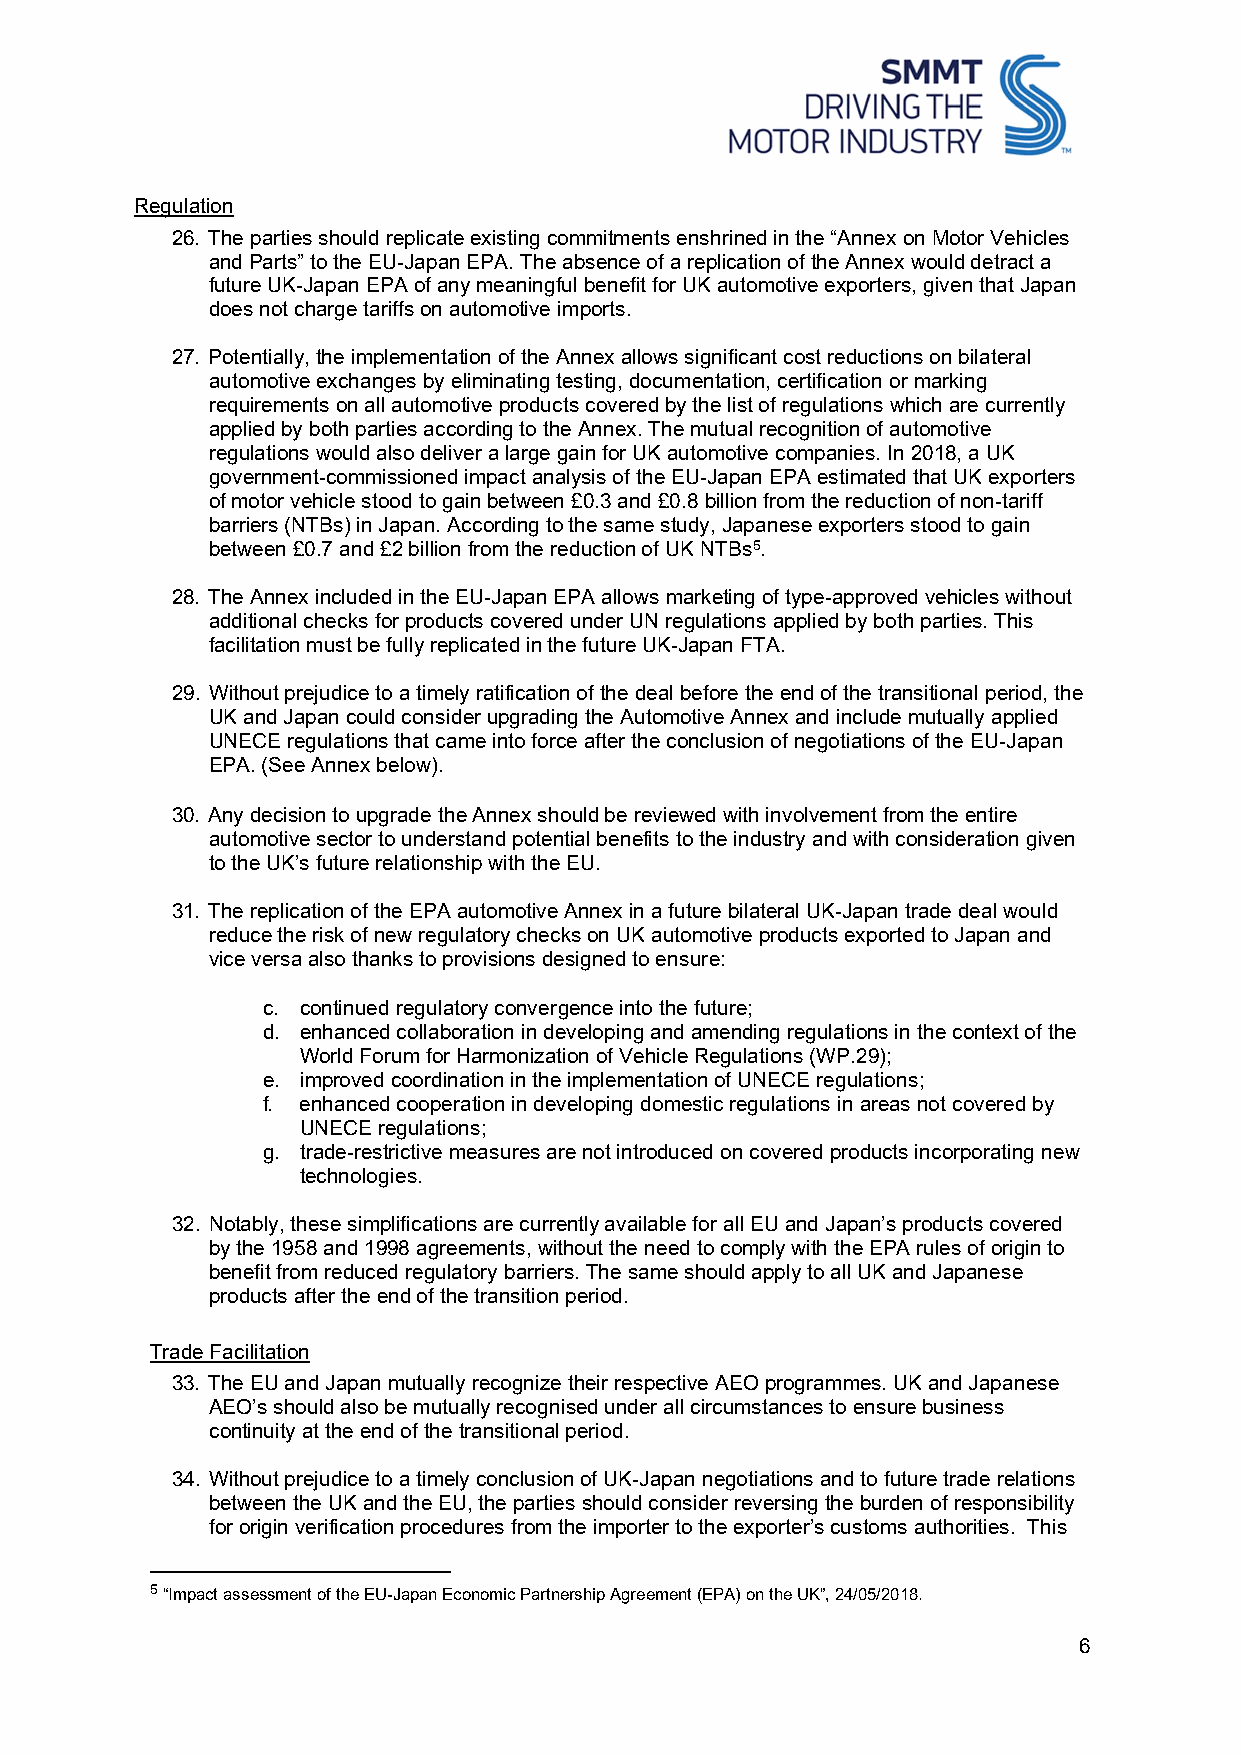
Regulation
 26. The parties should replicate existing commitments enshrined in the “Annex on Motor Vehicles
 and Parts” to the EU-Japan EPA. The absence of a replication of the Annex would detract a
 future UK-Japan EPA of any meaningful benefit for UK automotive exporters, given that Japan
 does not charge tariffs on automotive imports.
 27. Potentially, the implementation of the Annex allows significant cost reductions on bilateral
 automotive exchanges by eliminating testing, documentation, certification or marking
 requirements on all automotive products covered by the list of regulations which are currently
 applied by both parties according to the Annex. The mutual recognition of automotive
 regulations would also deliver a large gain for UK automotive companies. In 2018, a UK
 government-commissioned impact analysis of the EU-Japan EPA estimated that UK exporters
 of motor vehicle stood to gain between £0.3 and £0.8 billion from the reduction of non-tariff
 barriers (NTBs) in Japan. According to the same study, Japanese exporters stood to gain
 between £0.7 and £2 billion from the reduction of UK NTBs5.
 28. The Annex included in the EU-Japan EPA allows marketing of type-approved vehicles without
 additional checks for products covered under UN regulations applied by both parties. This
 facilitation must be fully replicated in the future UK-Japan FTA.
 29. Without prejudice to a timely ratification of the deal before the end of the transitional period, the
 UK and Japan could consider upgrading the Automotive Annex and include mutually applied
 UNECE regulations that came into force after the conclusion of negotiations of the EU-Japan
 EPA. (See Annex below).
 30. Any decision to upgrade the Annex should be reviewed with involvement from the entire
 automotive sector to understand potential benefits to the industry and with consideration given
 to the UK’s future relationship with the EU.
 31. The replication of the EPA automotive Annex in a future bilateral UK-Japan trade deal would
 reduce the risk of new regulatory checks on UK automotive products exported to Japan and
 vice versa also thanks to provisions designed to ensure:
 c. continued regulatory convergence into the future;
 d. enhanced collaboration in developing and amending regulations in the context of the
 World Forum for Harmonization of Vehicle Regulations (WP.29);
 e. improved coordination in the implementation of UNECE regulations;
 f. enhanced cooperation in developing domestic regulations in areas not covered by
 UNECE regulations;
 g. trade-restrictive measures are not introduced on covered products incorporating new
 technologies.
 32. Notably, these simplifications are currently available for all EU and Japan’s products covered
 by the 1958 and 1998 agreements, without the need to comply with the EPA rules of origin to
 benefit from reduced regulatory barriers. The same should apply to all UK and Japanese
 products after the end of the transition period.
 Trade Facilitation
 33. The EU and Japan mutually recognize their respective AEO programmes. UK and Japanese
 AEO’s should also be mutually recognised under all circumstances to ensure business
 continuity at the end of the transitional period.
 34. Without prejudice to a timely conclusion of UK-Japan negotiations and to future trade relations
 between the UK and the EU, the parties should consider reversing the burden of responsibility
 for origin verification procedures from the importer to the exporter’s customs authorities. This
 5 “Impact assessment of the EU-Japan Economic Partnership Agreement (EPA) on the UK”, 24/05/2018.
 6